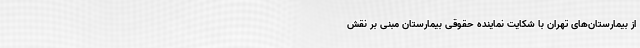
از بیمارستان‌های تهران با شکایت نماینده حقوقی بیمارستان مبنی بر نقش